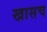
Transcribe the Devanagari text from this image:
खासच